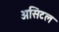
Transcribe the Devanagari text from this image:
असिटल